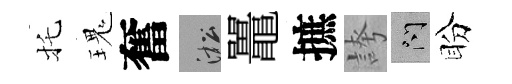
托瑰奮淞鼉摭誇問盼